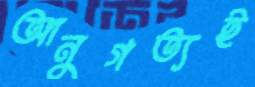
আনুগত্যই